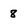
Character: 8